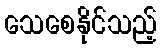
သေစေနိုင်သည့်